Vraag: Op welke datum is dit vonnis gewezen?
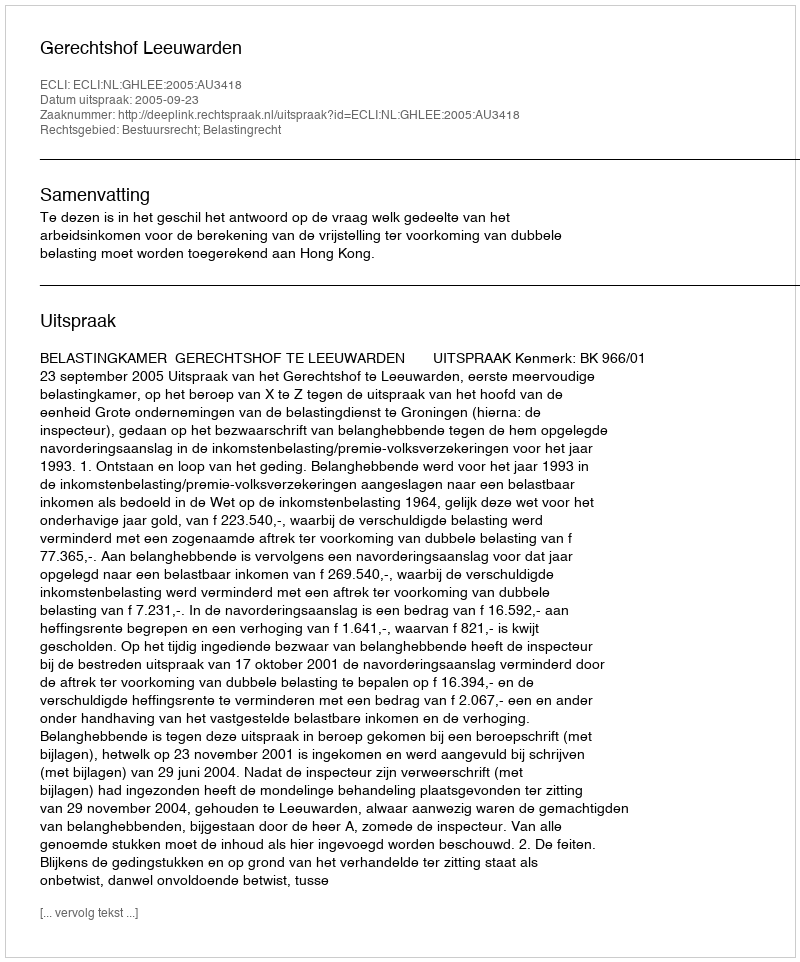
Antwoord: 2005-09-23